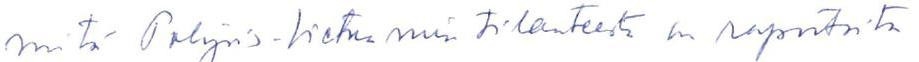
mitä Pohjois-Vietnamin tilanteesta on raportoitu